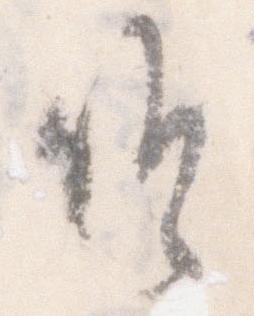
候